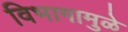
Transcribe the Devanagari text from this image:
विभागामुळे